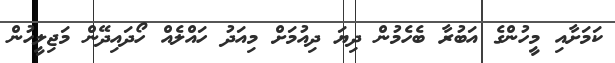
ކަމަށާއި މީހުންގެ އަބުރާ ބެހެމުން ދިޔަ ދިއުމަށް މިއަދު ހައްލެއް ހޯދައިދޭން މަޖިލީހުން